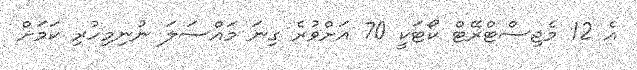
އެ 12 މެޖިސްޓްރޭޓް ކޯޓަކީ 70 އަށްވުރެ ގިނަ މައްސަލަ ނުނިމިހުރި ކަމަށް